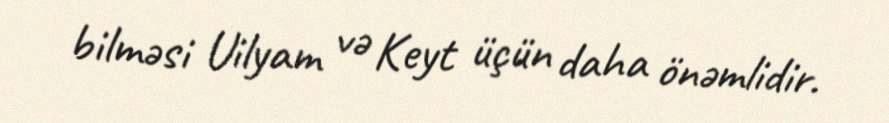
bilməsi Uilyam və Keyt üçün daha önəmlidir.